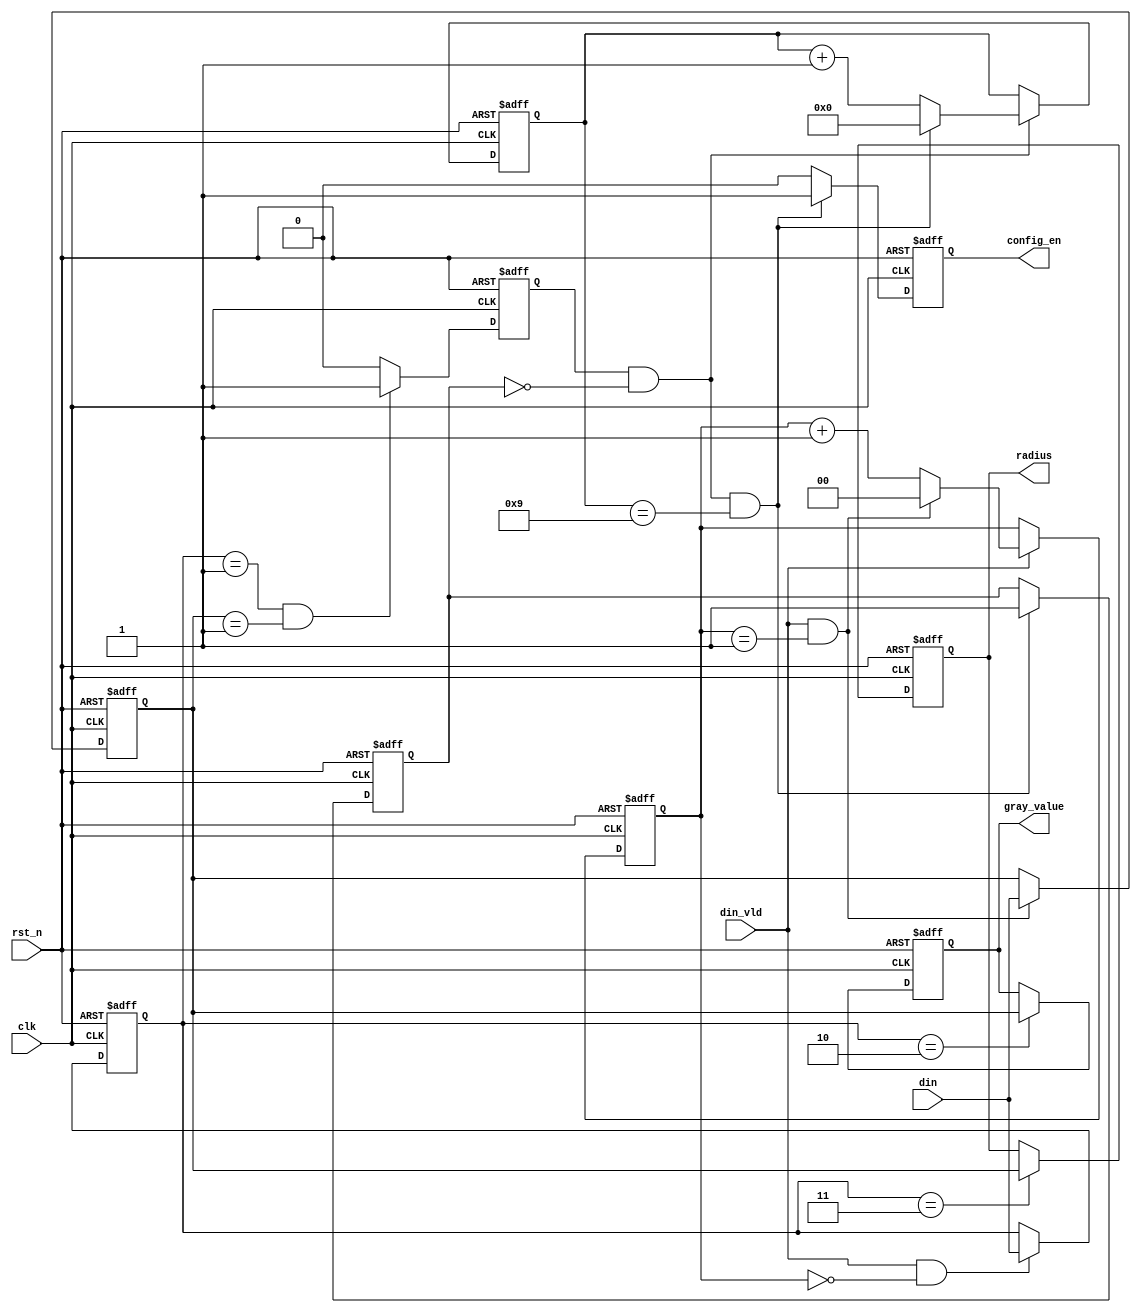
module control(
    clk          ,
    rst_n        ,
    din          ,
    din_vld      ,
    config_en    ,
    radius       ,
    gray_value 
);

input            clk         ;
input            rst_n       ;
input     [7:0]  din         ;
input            din_vld     ;

output           config_en   ;
output    [7:0]  gray_value  ;
output    [7:0]  radius      ;

reg       [1:0]  cnt         ;
reg       [7:0]  address     ;
reg       [7:0]  data        ;
reg              config_en   ;
reg       [7:0]  gray_value  ;
reg       [7:0]  radius      ;
wire             add_cnt     ;
wire             end_cnt     ;
wire      [7:0]  din         ;
wire             din_vld     ;




always @(posedge clk or negedge rst_n)begin
    if(!rst_n)begin
        cnt <= 0;
    end
    else if(add_cnt)begin
        if(end_cnt)
            cnt <= 0;
        else
            cnt <= cnt + 1;
    end
end

assign add_cnt = din_vld;       
assign end_cnt = add_cnt && cnt== 2-1;   
reg     config_en_vld;
reg [4:0] cnt0;
wire      add_cnt0;
wire      end_cnt0;
reg       flag;
always @(posedge clk or negedge rst_n)begin
    if(!rst_n)begin
        cnt0 <= 0;
    end
    else if(add_cnt0)begin
        if(end_cnt0)
            cnt0 <= 0;
        else
            cnt0 <= cnt0 + 1;
    end
end

assign add_cnt0 = config_en_vld&&flag==0;       
assign end_cnt0 = add_cnt0 && cnt0== 10-1;   
always  @(posedge clk or negedge rst_n)begin
if(rst_n==0)begin
flag <= 0;
end
else if(end_cnt0)begin
flag <= 1;
end
end
always  @(posedge clk or negedge rst_n)begin
if(rst_n==0)begin
config_en <= 0;
end
else if(end_cnt0)begin
config_en <= 1;
end
else begin
config_en <= 0;
end
end

always  @(posedge clk or negedge rst_n)begin
    if(rst_n==1'b0)begin
        address <= 0;
    end
    else if(add_cnt&&cnt==1-1)begin
        address <= din;
    end
end

always  @(posedge clk or negedge rst_n)begin
    if(rst_n==1'b0)begin
        data <= 0;
    end
    else if(add_cnt&&cnt==2-1)begin
        data <= din;
    end
end

always  @(posedge clk or negedge rst_n)begin
    if(rst_n==1'b0)begin
        config_en_vld <= 0;
    end
    else if(address==8'h01&&data==8'h01)begin
        config_en_vld <= 1;
    end
    else begin
        config_en_vld <= 0;
    end
end

always  @(posedge clk or negedge rst_n)begin
    if(rst_n==1'b0)begin
        gray_value <= 0;
    end
    else if(address==8'h02)begin
        gray_value <= data;
    end
end
always  @(posedge clk or negedge rst_n)begin
    if(rst_n==1'b0)begin
        radius <= 0;
    end
    else if(address==8'h03)begin
        radius <= data;
    end
end










endmodule